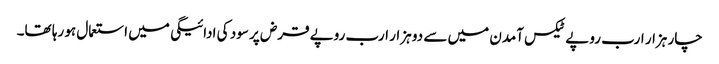
چار ہزار ارب روپے ٹیکس آمدن میں سے دو ہزار ارب روپے قرض پر سود کی ادائیگی میں استعمال ہو رہا تھا۔